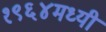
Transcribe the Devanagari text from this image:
१९६४मध्यी